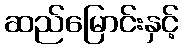
ဆည်မြောင်းနှင့်